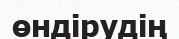
өндірудің